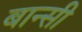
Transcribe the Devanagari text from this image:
बान्‍सी